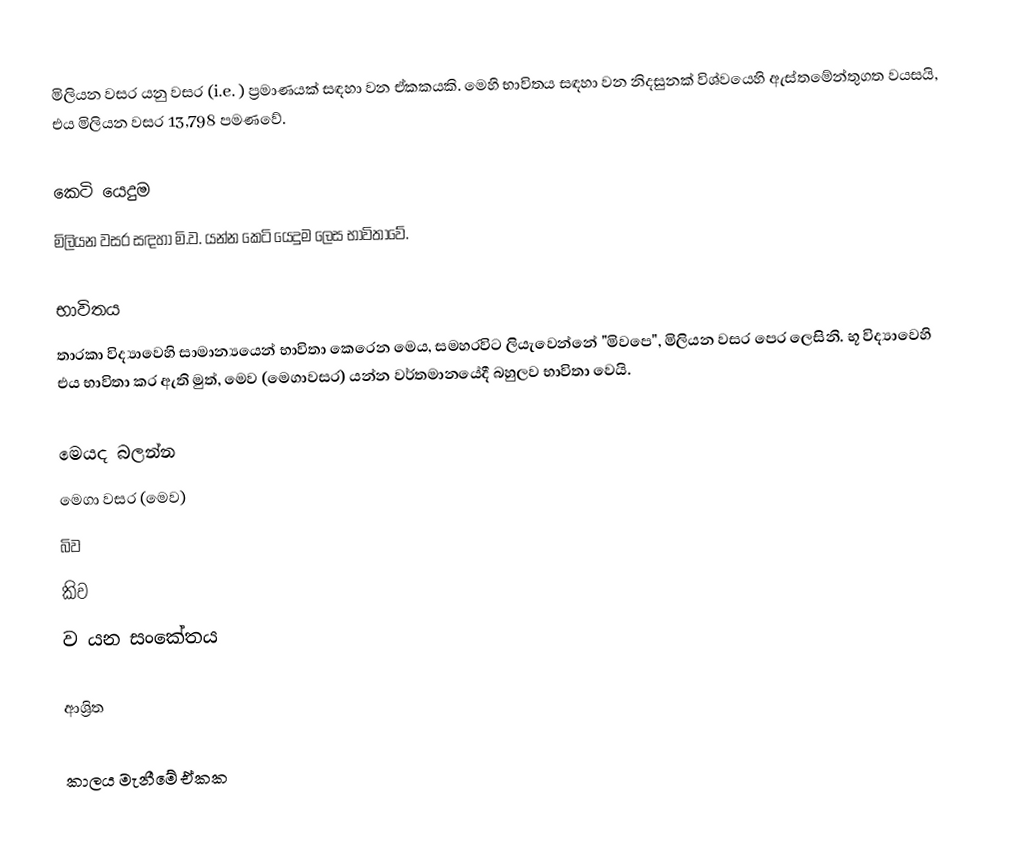
මිලියන වසර යනු වසර  (i.e. ) ප්‍රමාණයක් සඳහා වන ඒකකයකි. මෙහි භාවිතය සඳහා වන නිදසුනක් විශ්වයෙහි ඇස්තමේන්තුගත වයසයි, එය මිලියන වසර 13,798 පමණවේ.

කෙටි යෙදුම
මිලියන වසර සඳහා මි.ව. යන්න කෙටි යෙදුම ලෙස භාවිතාවේ.

භාවිතය
තාරකා විද්‍යාවෙහි සාමාන්‍යයෙන් භාවිතා කෙරෙන මෙය, සමහරවිට ලියැවෙන්නේ  "මිවපෙ", මිලියන වසර පෙර ලෙසිනි. භූ විද්‍යාවෙහි එය භාවිතා කර ඇති මුත්, මෙව (මෙගාවසර) යන්න වර්තමානයේදී බහුලව භාවිතා වෙයි.

මෙයද බලන්න
 මෙගා වසර (මෙව)
 බිව
 කිව
 ව යන සංකේතය

ආශ්‍රිත

කාලය මැනීමේ ඒකක